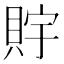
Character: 𧵴